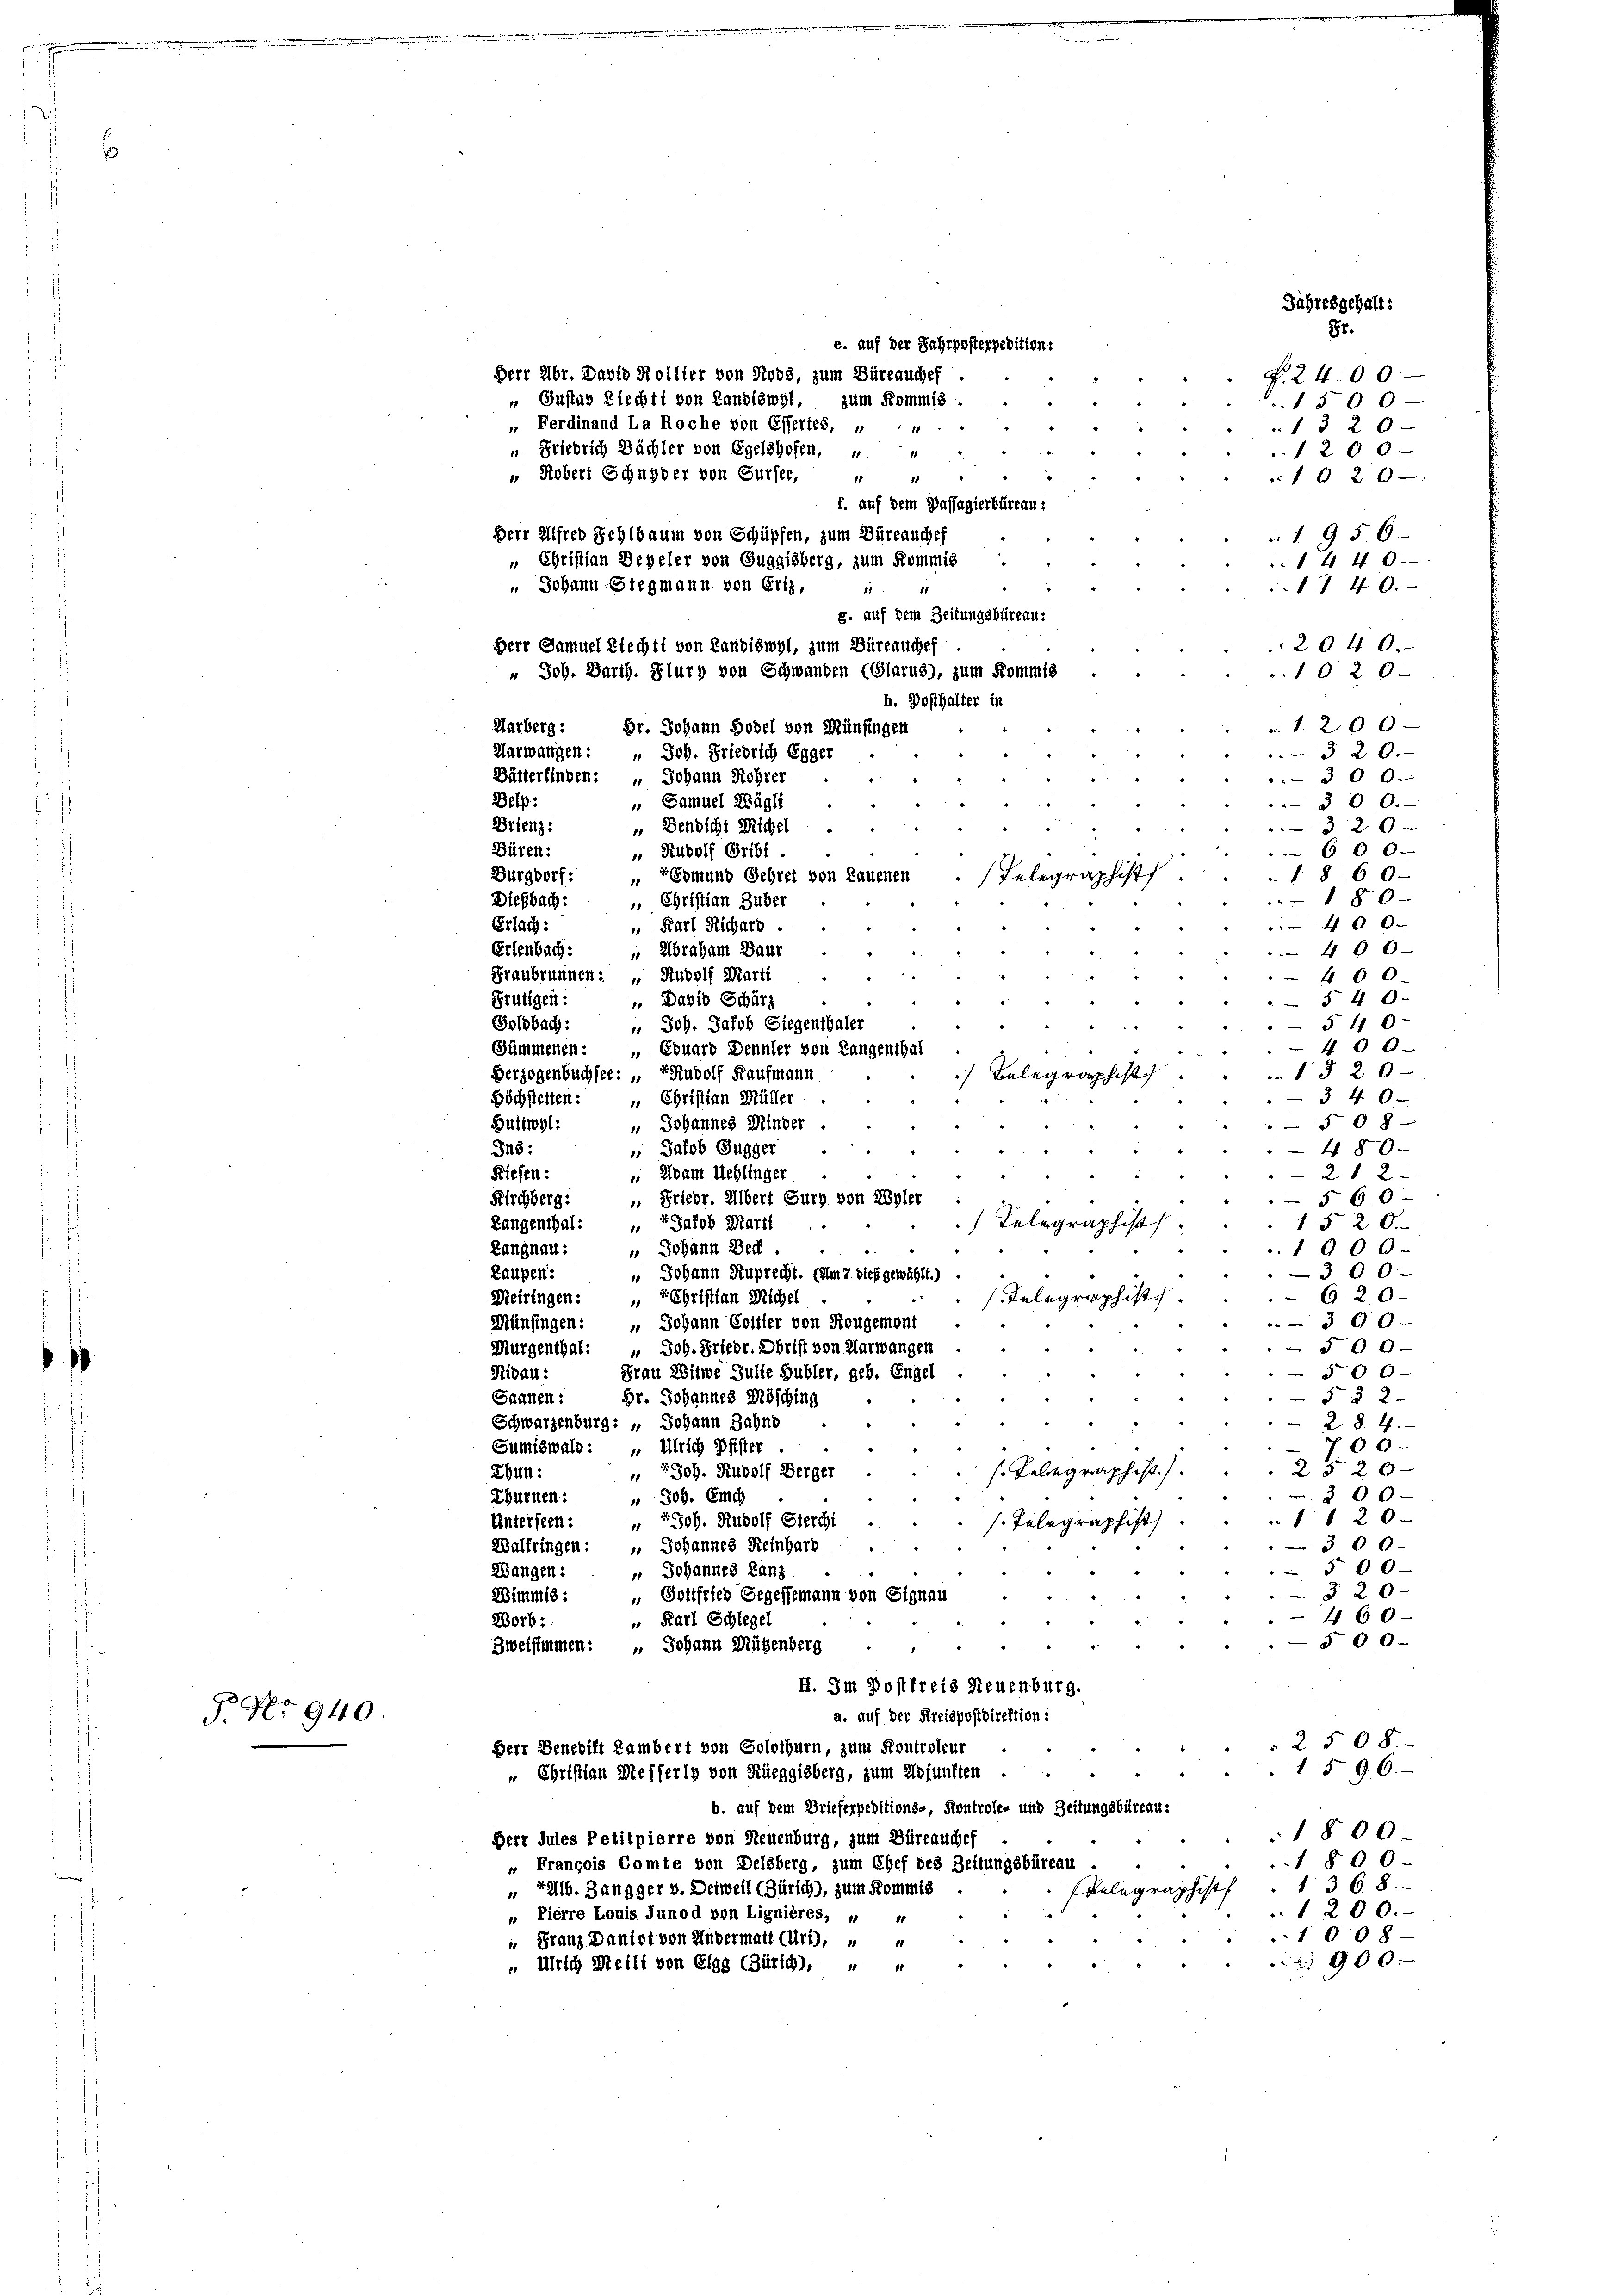
§. No 940

Herr Abr. David Kollier von Ross, zum Büreauchef
 Gustav Piechti von Landiswyl,
zum Kommis
». Ferdinand La Roche von Eifertes, u
 Friedrich Sächler von Egelshofen,
11
1020—
f. auf dem Passagierbüreau:
1956
1440
140.
2040.
1020.
r 1200
320.
300.
 300.
32 x
600.
1 § 60.
180
Diesbach:
 Christian Zuber
400
" Karl Richart.
Erlach:
 400
Erlenbach: „Abraham Baur
Graubrunnen: „ Rudolf Marti
460
§ 40
 David Schärz
Frutigen:
Soldbach:
§ 40
 Joh. Jakob Siegenthaler
400
Sümmenen: Couard Dennler von Langenthal
1320-
Herzogenbuchsee: Rudolf Kaufmann
Höchstetten: „ Christian Müller
34 0x
508
 Johannes Minder
Güttwyl:
 Jakob Gugger
480
I48:
 Adam Mehlinger
21 2
Riesen:
Kirchberg:
 Friedr. Albert Gurg von Wyler
§ 60
Langenthal: " " Jakob Marit
1 § 20.
Langnau: " Johann Bech
1900
Laupen:
300
 Johann Ruprecht. (am 7. dies gewählt.)
6. 20
Meiringen: Christian Michel
39 x
Münfingen: Johann Collier von Rougemont
Murgenthal: " Joh. Friedr. Obrist von Aarwangen
§ 00
50 x
Nibau:
Frau Witwe Gulle Hubler, geb. Engel
5 § 2
Saanen:
Dr. Johannes Mösching
Schwarzenburg: „Johann Jahnd
28.4.
60
Sumiswald: „ Ulrich Pfister
2520—
sTelegraphist
 Joh. Rudolf Berger
Ehun:
200
Zhürnen: " Job. Emch
1 1200
Unterseen: " " Joh. Rudolf Stercht
s. Telegraphist
300.
Walfringen: " Johannes Reinhard
5 00
Wangen: " Johannes Lanz
3. 20.
Wimmis: Gottfried Gegessemann von Signau
460
Borb:
" Karl Schlegel
500
Zweifimmen: " Johann Rügenberg
I. Im Postfreis Neuenburg.
a. auf der Kreispostdirektion:
2508.
Derr Benedikt Lambert von Solothurn, zum Kontroleur
1 § 96.
„ Christian Messerly von Rüeggisberg, zum Wojunften
b. auf dem Brieferpeditions-, Kontrole- und Zeitungsbüreau-
1800.
Derr Jules Petitpierre von Neuenburg, zum Büreauches
1800.
" François Comte von Delsberg, zum Chef des Zeitungsbüreau
1368.
„ Eallb. Zangger v. Detweil (Zürich), zum Kommis
Belegraphisch
1200.
„ Pierre Louis Junod von Lignières, „ 1
1008
" Franz Daniot von Andermatt (Urt), " "
900
„ Ulrich Meili von Elgg (Zürich), " "

g. auf dem Zeitungsbüreau:
h. Dosthalter in
Harberg: Dr. Johann Bodel von Münfingen
Marwangen: " Joh. Friedrich Egger
Bätterfinden: „ Johann Rohrer
Belp: „Samuel Wägli
Orienz: „Bendicht Michel
Büren:
" Rudolf Gribl.
Burgdorf: „Gomund Gehret von Lauenen

" Robert Schnyder von Gursee, "
Herr Alfred Schlbaum von Schüpfen, zum Büreauches
„ Christian Beyeler von Guggisberg, zum Kommis
 Johann Stegmann von Ertz,

Herr Samuel Blechtt von Landiswyl, zum Büreauchef
" Joh. Barth. Flury von Schwanden (Glarus), zum Kommis

e. auf der Jahrposterpeditions

Jahresgehalt:

87.
F. 2400
1500

1320
1200